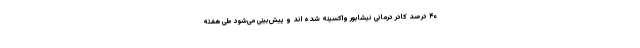
۴۰ درصد کادر درمانی نیشابور واکسینه شده اند و پیش‌بینی می‌شود طی هفته